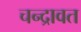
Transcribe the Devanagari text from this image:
चन्द्रावत